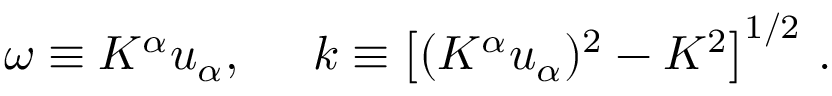
\omega \equiv K ^ { \alpha } u _ { \alpha } , \; \; \; \; \; k \equiv \left[ ( K ^ { \alpha } u _ { \alpha } ) ^ { 2 } - K ^ { 2 } \right] ^ { 1 / 2 } \, .